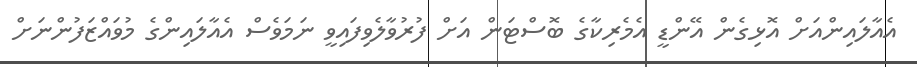
އެއާލައިންއަށް އޮޅިގެން އޭންޑީ އެމެރިކާގެ ބޮސްޓަން އަށް ފުރުވާލެވިފައިވީ ނަމަވެސް އެއާލައިންގެ މުވައްޒަފުންނަށް